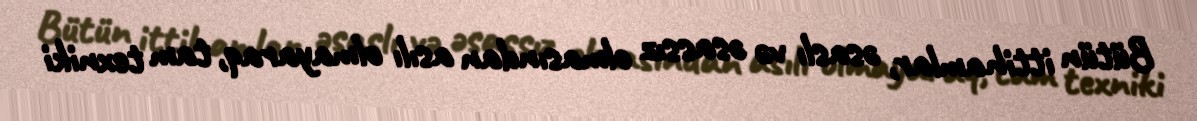
Bütün ittihamlar, əsaslı və əsassız olmasından asılı olmayaraq, tam texniki